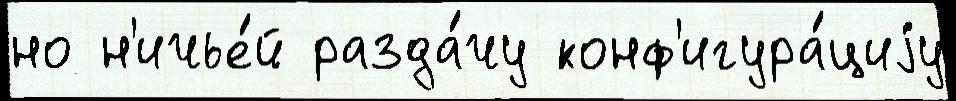
но н'ичье́й разда́чу конф'игура́циjу